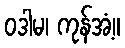
ဝဒါမ၊ ကုန်အံ့။